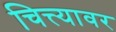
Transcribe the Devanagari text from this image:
चित्त्यावर